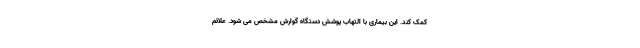
کمک کند. این بیماری با التهاب پوشش دستگاه گوارش مشخص می شود. علائم